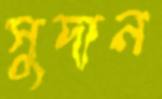
সুদান